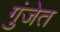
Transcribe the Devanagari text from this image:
गुंजेत